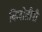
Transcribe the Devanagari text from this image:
विजोतीनी